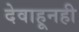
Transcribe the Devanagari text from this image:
देवाहूनही